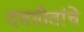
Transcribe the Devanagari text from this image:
दत्तगीतांचे